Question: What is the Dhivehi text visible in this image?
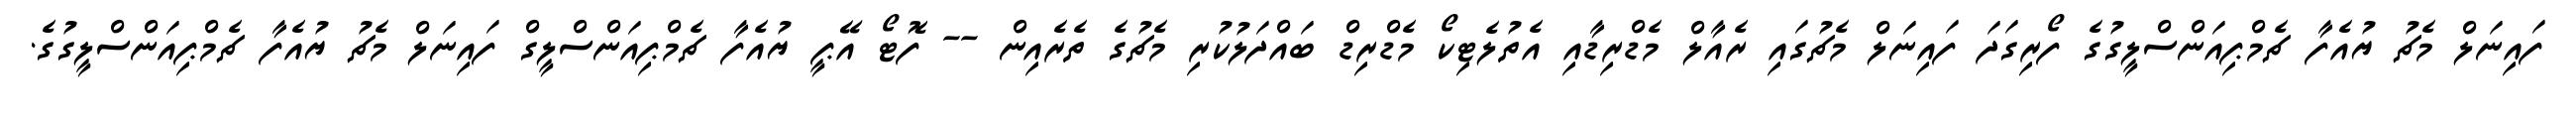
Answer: ފައިނަލް މެޗު ޔުއެފާ ޗެމްޕިއަންސްލީގުގެ ފޯރިގަދަ ފައިނަލް މެޗުގައި ރެއާލް މެޑްރިޑާއި އެތުލެޓިކޯ މެޑްރިޑް ބައްދަލުކުރި މެޗުގެ ތެރެއިން -- ފޮޓޯ އޭޕީ ޔުއެފާ ޗެމްޕިއަންސްލީގް ފައިނަލް މެޗު ޔުއެފާ ޗެމްޕިއަންސްލީގުގެ.